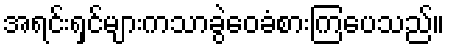
အရင်းရှင်များကသာခွဲဝေခံစားကြပေသည်။